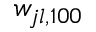
w _ { j l , 1 0 0 }